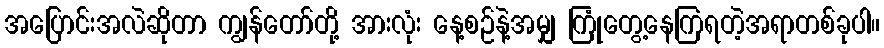
အပြောင်းအလဲဆိုတာ ကျွန်တော်တို့ အားလုံး နေ့စဉ်နဲ့အမျှ ကြုံတွေ့နေကြရတဲ့အရာတစ်ခုပါ။